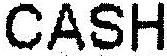
CASH